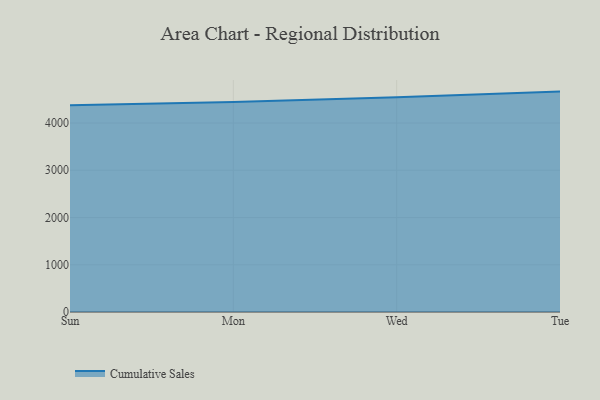
{"axis": {"x": "Day", "y": "Backlog"}, "legend": ["Cumulative Sales"], "data": [{"x": "Sun", "y": 4377.9, "type": "Cumulative Sales"}, {"x": "Mon", "y": 4443.2, "type": "Cumulative Sales"}, {"x": "Wed", "y": 4544.1, "type": "Cumulative Sales"}, {"x": "Tue", "y": 4665.7, "type": "Cumulative Sales"}]}